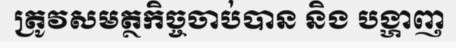
ត្រូវសមត្ថកិច្ចចាប់បាន និង បង្ហាញ